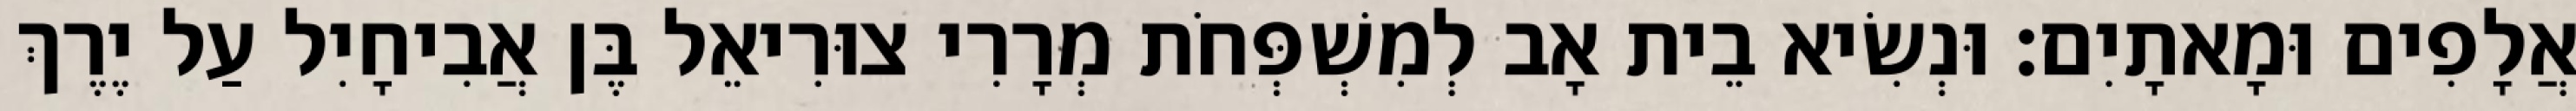
אֲלָפִים וּמָאתָיִם׃ וּנְשִׂיא בֵית אָב לְמִשְׁפְּחֹת מְרָרִי צוּרִיאֵל בֶּן אֲבִיחָיִל עַל יֶרֶךְ